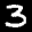
Label: 3